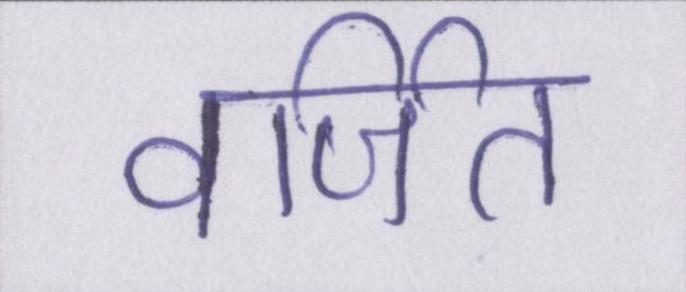
वर्जित